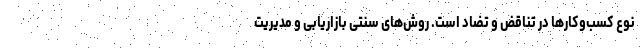
نوع کسب‌وکارها در تناقض و تضاد است. روش‌های سنتی بازاریابی و مدیریت